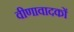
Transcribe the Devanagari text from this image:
वीणावादकों